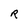
Character: R